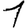
Digit: 1